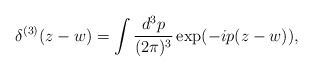
\begin{align*}\delta ^{(3)}(z-w)=\int \frac{d^3p}{(2\pi )^3}\exp (-ip(z-w)),\end{align*}